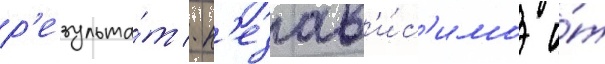
р'езульта́т / н'езав'и́с'имо о́т